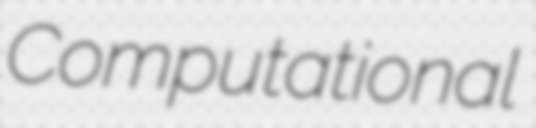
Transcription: Computational